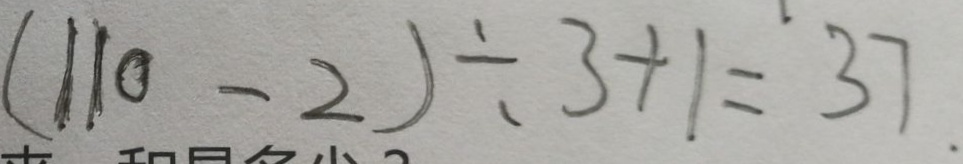
( 1 1 0 - 2 ) \div 3 + 1 = 3 7 .